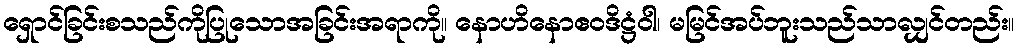
ရှောင်ခြင်းစသည်ကိုပြုသောအခြင်းအရာကို။ နောဟိနောဧဝဒိဋ္ဌံဝါ၊ မမြင်အပ်ဘူးသည်သာလျှင်တည်း။